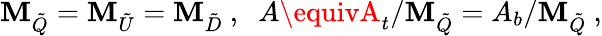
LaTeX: \mathbf{M}_{\tilde{{Q}}}=\mathbf{M}_{\tilde{{U}}}=\mathbf{M}_{\tilde{{D}}}\ ,\; \; A\equivA_{t}/\mathbf{M}_{\tilde{{Q}}}=A_{b}/\mathbf{M}_{\tilde{{Q}}}\ ,